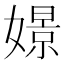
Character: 𡡡